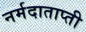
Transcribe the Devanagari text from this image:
नर्मदाताप्ती